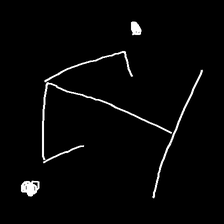
Glyph: earth